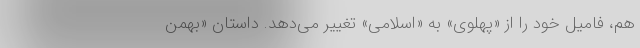
هم، فامیل خود را از «پهلوی» به «اسلامی» تغییر می‌دهد. داستان «بهمن